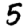
Digit: 5